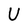
Character: U